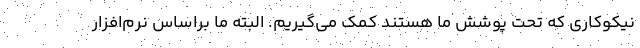
نیکوکاری که تحت پوشش ما هستند کمک می‌گیریم. البته ما براساس نرم‌افزار